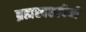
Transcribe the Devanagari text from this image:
ब्रह्मस्वरूपिणी